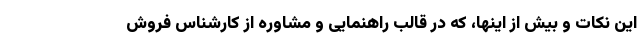
این نکات و بیش از اینها، که در قالب راهنمایی و مشاوره از کارشناس فروش